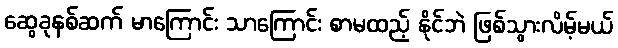
ဆွေခုနစ်ဆက် မာကြောင်း သာကြောင်း စာမထည့် နိုင်ဘဲ ဖြစ်သွားလိမ့်မယ်